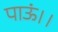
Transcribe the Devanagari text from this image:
पाऊं।।